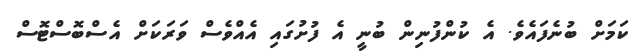
ކަމަށް ބުނެފައެވެ. އެ ކުންފުނިން ބުނީ އެ ފުށުގައި އެއްވެސް ވަރަކަށް އެސްބޮސްޓޮސް